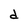
Character: d